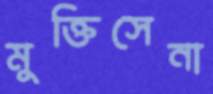
মুক্তিসেনা